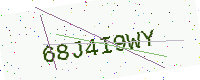
Text: 68J4I9WY